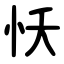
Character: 㤇